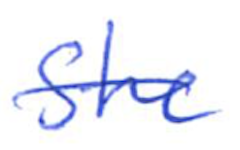
Text: she
Cross-out: single-line
Writing tool: ballpoint